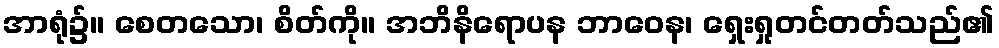
အာရုံ၌။ စေတသော၊ စိတ်ကို။ အဘိနိရောပန ဘာဝေန၊ ရှေးရှုတင်တတ်သည်၏